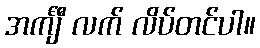
အင်္ကျီ လက် လိပ်တင်ပါ။